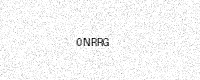
Text: 0NRRG